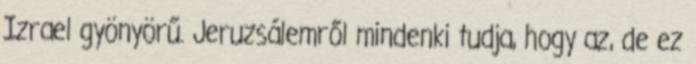
Izrael gyönyörű. Jeruzsálemről mindenki tudja, hogy az, de ez